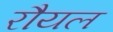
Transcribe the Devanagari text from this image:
रौयल